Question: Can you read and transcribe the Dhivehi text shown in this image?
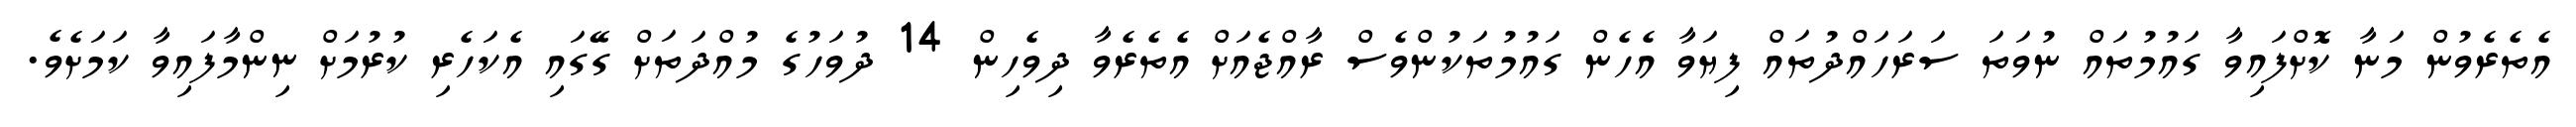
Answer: އެތެރެވުން މަނާ ކޮށްފައިވާ ގައުމުތައް ނުވަތަ ސަރަހައްދުތައް ފިޔަވާ އެހެން ގައުމުތަކުންވެސް ރާއްޖެއަށް އެތެރެވާ ދިވެހިން 14 ދުވަހުގެ މުއްދަތަށް ގޭގައި އެކަހެރި ކުރުމަށް ނިންމާފައިވާ ކަމަށެވެ.